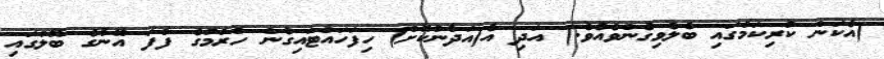
(އެކަން ކުރިކަމުގައި ބެލެވިގެންވެއެވެ.) އަދި އެ(އަދާނުކޮށް) ހިފަހައްޓައިގެން ހުރުމުގެ ފާފަ އޭނާގެ ބޮލުގައި